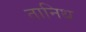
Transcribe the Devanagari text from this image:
तानिथ